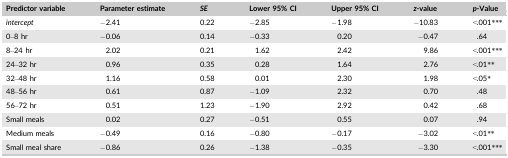
| Predictor variable | Parameter estimate | SE | Lower 95% CI | Upper 95% CI | z‐value | p‐Value |
 | --- | --- | --- | --- | --- | --- | --- |
 | intercept | −2.41 | 0.22 | −2.85 | −1.98 | −10.83 | <.001*** |
 | 0–8 hr | −0.06 | 0.14 | −0.33 | 0.20 | −0.47 | .64 |
 | 8–24 hr | 2.02 | 0.21 | 1.62 | 2.42 | 9.86 | <.001*** |
 | 24–32 hr | 0.96 | 0.35 | 0.28 | 1.64 | 2.76 | <.01** |
 | 32–48 hr | 1.16 | 0.58 | 0.01 | 2.30 | 1.98 | <.05* |
 | 48–56 hr | 0.61 | 0.87 | −1.09 | 2.32 | 0.70 | .48 |
 | 56–72 hr | 0.51 | 1.23 | −1.90 | 2.92 | 0.42 | .68 |
 | Small meals | 0.02 | 0.27 | −0.51 | 0.55 | 0.07 | .94 |
 | Medium meals | −0.49 | 0.16 | −0.80 | −0.17 | −3.02 | <.01** |
 | Small meal share | −0.86 | 0.26 | −1.38 | −0.35 | −3.30 | <.001*** |